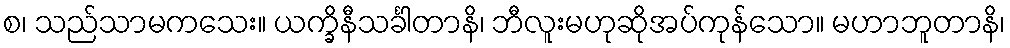
စ၊ သည်သာမကသေး။ ယက္ခိနီသင်္ခါတာနိ၊ ဘီလူးမဟုဆိုအပ်ကုန်သော။ မဟာဘူတာနိ၊